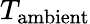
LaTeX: T_{\mathrm{ambient}}